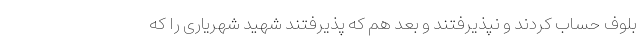
بلوف حساب کردند و نپذیرفتند و بعد هم که پذیرفتند شهید شهریاری را که